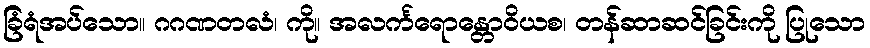
ခြံရံအပ်သော။ ဂဂဏတလံ၊ ကို။ အလင်္ကရောန္တောဝိယစ၊ တန်ဆာဆင်ခြင်းကို ပြုသော